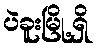
ပဲခူးမြို့ရှိ